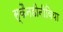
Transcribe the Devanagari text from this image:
स्कैनडीनीविया